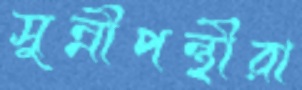
সুন্নীপন্থীরা